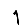
Digit: 1